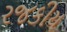
રજકીય